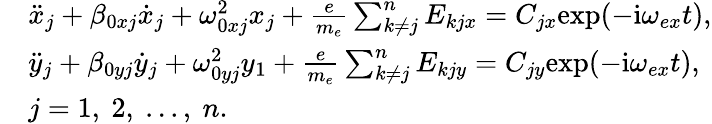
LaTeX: \begin{array}{rl}&{\ddot{x}_{j}+\beta_{0xj}\dot{x}_{j}+\omega_{0xj}^{2}x_{j}+\frac{e}{m_{e}}\sum_{k\neq j}^{n}E_{kjx}=C_{jx}\mathrm{exp}(-\mathrm{i}\omega_{ex}t),}\\ &{\ddot{y}_{j}+\beta_{0yj}\dot{y}_{j}+\omega_{0yj}^{2}y_{1}+\frac{e}{m_{e}}\sum_{k\neq j}^{n}E_{kjy}=C_{jy}\mathrm{exp}(-\mathrm{i}\omega_{ex}t),}\\ &{j=1,~2,~...,~n.}\end{array}